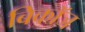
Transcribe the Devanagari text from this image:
बिकॉज